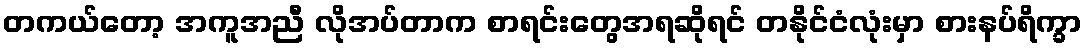
တကယ်တော့ အကူအညီ လိုအပ်တာက စာရင်းတွေအရဆိုရင် တနိုင်ငံလုံးမှာ စားနပ်ရိက္ခာ